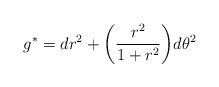
\begin{align*}g^*= dr^2 + \bigg(\frac{r^2}{1+r^2} \bigg) d\theta^2\end{align*}